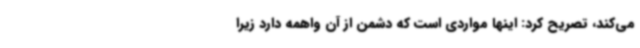
می‌کند، تصریح کرد: اینها مواردی است که دشمن از آن واهمه دارد زیرا